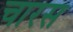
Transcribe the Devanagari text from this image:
चारस